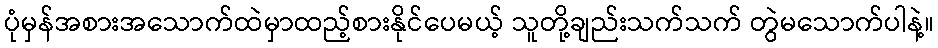
ပုံမှန်အစားအသောက်ထဲမှာထည့်စားနိုင်ပေမယ့် သူတို့ချည်းသက်သက် တွဲမသောက်ပါနဲ့။